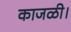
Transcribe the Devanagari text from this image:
काजळी।